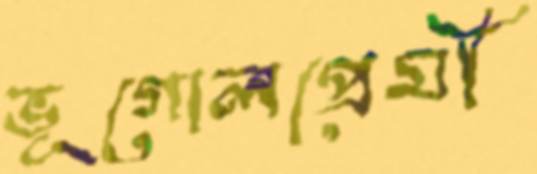
ভূগোলপ্রেমী